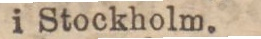
i Stockholm.